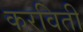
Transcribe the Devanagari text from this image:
करविती